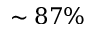
\sim 8 7 \%